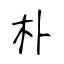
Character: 朴